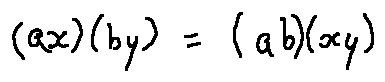
( a x ) ( b y ) = ( a b ) ( x y )